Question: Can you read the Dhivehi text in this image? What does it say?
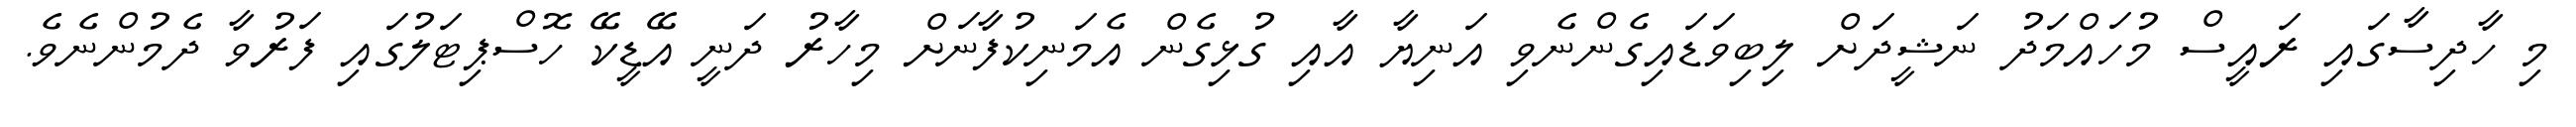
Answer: މި ހާދިސާގައި ރައީސް މުހައްމަދު ނަޝީދަށް ލިބިވަޑައިގެންނެވި އަނިޔާ އާއި ގުޅިގެން އެމަނިކުފާނަށް މިހާރު ދަނީ އޭޑީކޭ ހޮސްޕިޓަލުގައި ފަރުވާ ދެމުންނެވެ.